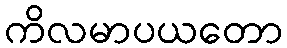
ကိလမာပယတော